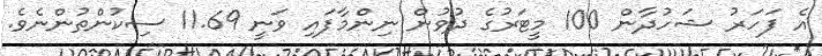
އެ ފަހަރު ޝަހުދާން 100 މީޓަރުގެ ދުވުން ނިންމާފައި ވަނީ 11.69 ސިކުންތުންނެވެ.